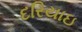
દરિયાઇ